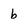
Character: b